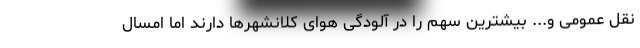
نقل عمومی و... بیشترین سهم را در آلودگی هوای کلانشهرها دارند اما امسال